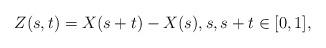
LaTeX: \begin{align*} Z(s,t)=X(s+t)-X(s),s,s+t\in[0,1],\end{align*}